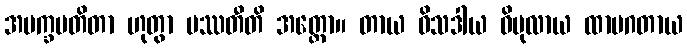
အပက္ခပတိတာ ဟုတွာ ပဿတီတိ အတ္ထော။ တာယ ဝိသဒါယ ဝိပုလာယ ထာမဂတာယ